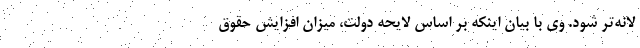
لانه‌تر شود. وی با بیان اینکه بر اساس لایحه دولت، میزان افزایش حقوق